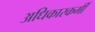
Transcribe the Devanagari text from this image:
अधिकारकर्मी